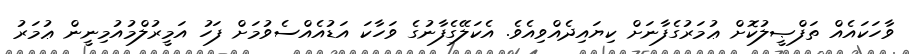
ވާހަކައެއް ތަފްޞީލުކޮށް ޢުމަރުގެފާނަށް ކިޔައިދެއްވިއެވެ. އެކަލޭގެފާނުގެ ވަހާކަ އަޑުއެއްސެވުމަށް ފަހު އަމީރުލްމުއުމިނީން ޢުމަރު